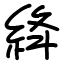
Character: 絳